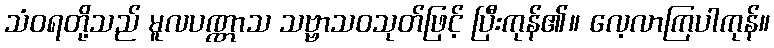
သံဝရတို့သည် မူလပဏ္ဏာသ သဗ္ဗာသဝသုတ်ဖြင့် ပြီးကုန်၏။ လေ့လာကြပါကုန်။